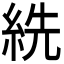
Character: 𦀈